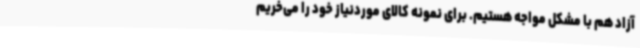
آزاد هم با مشکل مواجه هستیم. برای نمونه کالای موردنیاز خود را می‌خریم